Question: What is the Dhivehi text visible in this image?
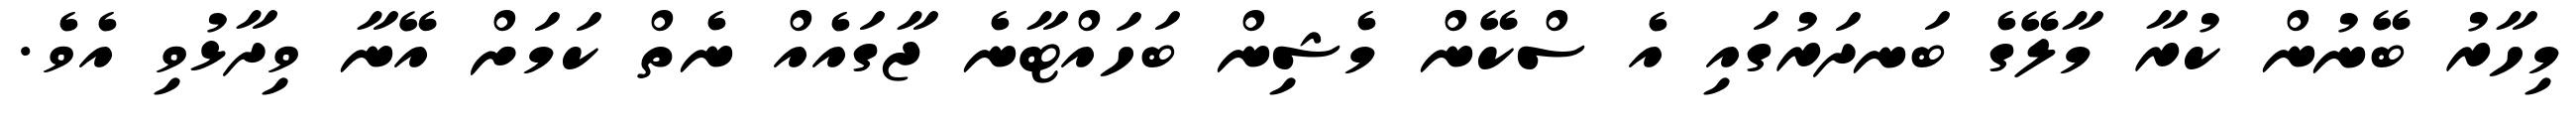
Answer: މިހާރު ބޭނުން ކުރާ މާލޭގެ ބަނދަރުގައި އެ ސްކޭން މެޝިން ބަހައްޓާނެ ޖާގައެއް ނެތް ކަމަށް އޭނާ ވިދާޅުވި އެވެ.